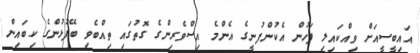
އައިބީސީއަށް ވިއްކައިލި ފަހުން އެކުންފުނީގެ އެންމެ އިސްވެރިންގެ ގޮތުގައި ތިއްބެވި ބޭފުޅުންގެ ކިބައިން